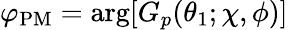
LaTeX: \varphi_{\mathrm{PM}}=\arg[G_{p}(\theta_{1};\chi,\phi)]